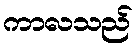
ကာလသည်